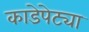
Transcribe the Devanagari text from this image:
काडेपेट्या